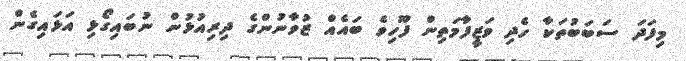
މިފަދަ ސަބަބުތަކާ ހެދި ވަޒީފާމަތިން ފޫހިވެ ބައެއް ޒުވާނުންގެ ދިރިއުޅުން ނުބައިގޯޅި އަޅައިގެން